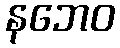
နဘေဝ